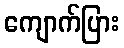
ကျောက်ပြား